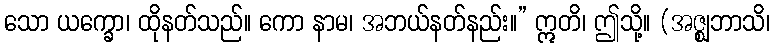
သော ယက္ခော၊ ထိုနတ်သည်။ ကော နာမ၊ အဘယ်နတ်နည်း။” ဣတိ၊ ဤသို့။ (အဇ္ဈဘာသိ၊